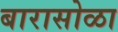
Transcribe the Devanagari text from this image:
बारासोळा